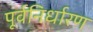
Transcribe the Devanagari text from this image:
पूर्वनिर्धारण